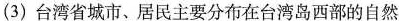
(3)台湾省城市、居民主要分布在台湾岛西部的自然